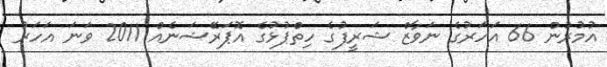
އުމުރުން 66 އަހަރުގެ ނަވާޒް ޝަރީފުގެ ހިތްޕުޅުގެ އޮޕަރޭޝަނެއް 2011 ވަނަ އަހަރު